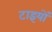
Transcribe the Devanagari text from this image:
टाइयों